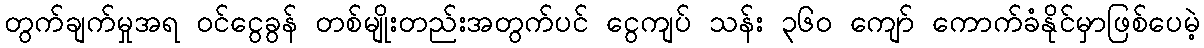
တွက်ချက်မှုအရ ဝင်ငွေခွန် တစ်မျိုးတည်းအတွက်ပင် ငွေကျပ် သန်း ၃၆၀ ကျော် ကောက်ခံနိုင်မှာဖြစ်ပေမဲ့